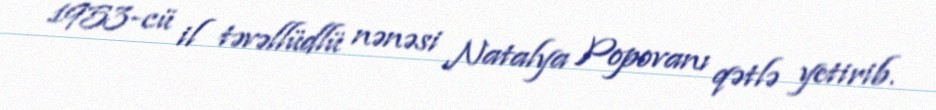
1953-cü il təvəllüdlü nənəsi Natalya Popovanı qətlə yetirib.